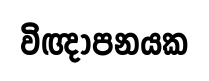
විඥාපනයක